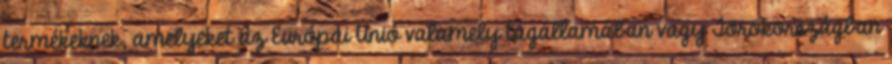
termékeknek, amelyeket az Európai Unió valamely tagállamában vagy Törökországban